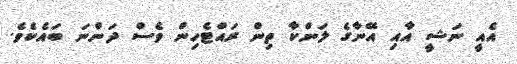
އެއީ ނަޝީ އާއި އޭނާގެ ލަންކާ ތިން ރައްޓެހިން ވެސް ދަންނަ ބައެކެވެ.